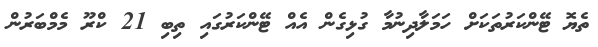
ތެޔޮ ޓޭންކަރުތަކަށް ހަމަލާދިނުމާ ގުޅިގެން އެއް ޓޭންކަރުގައި ތިބި 21 ކްރޫ މެމްބަރުން